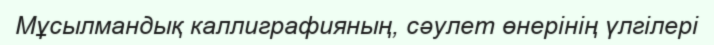
Мұсылмандық каллиграфияның, сәулет өнерінің үлгілері